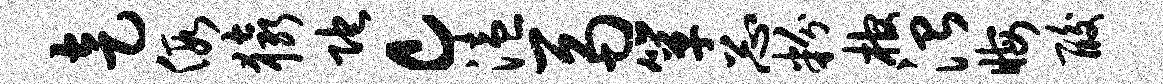
走假猿陀c溘鬲箪忐粉棺治晦酸